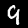
Label: 9